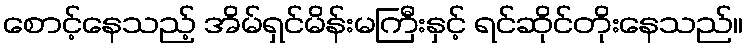
စောင့်နေသည့် အိမ်ရှင်မိန်းမကြီးနှင့် ရင်ဆိုင်တိုးနေသည်။